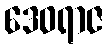
ဒေဝရာဇ